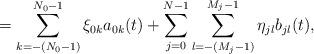
LaTeX: \begin{align*}= \sum\limits_{k=-(N_0-1)}^{N_0-1} \xi_{0k}a_{0k}(t)+\sum\limits_{j=0}^{N-1}\sum\limits_{l=-(M_j-1)}^{M_j-1}\eta_{jl}b_{jl}(t), \end{align*}